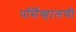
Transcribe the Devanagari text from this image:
पर्सिव्हालची